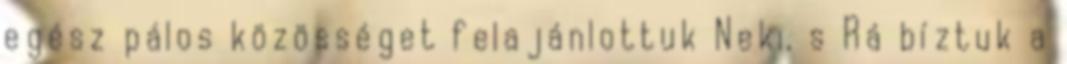
egész pálos közösséget felajánlottuk Neki, s Rá bíztuk a